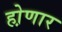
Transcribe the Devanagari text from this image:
हो़णार